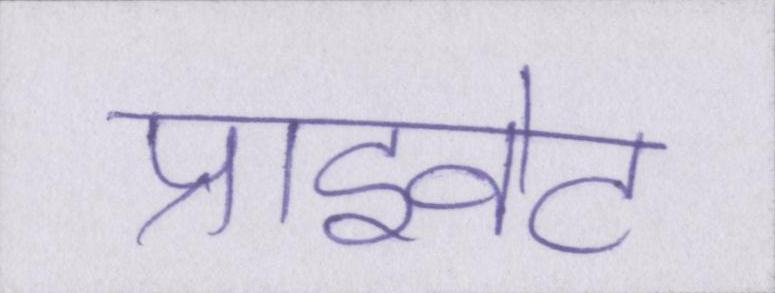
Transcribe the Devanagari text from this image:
प्राइवेट